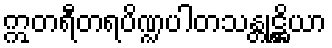
ဣတရီတရပိဏ္ဍပါတသန္တုဋ္ဌိယာ